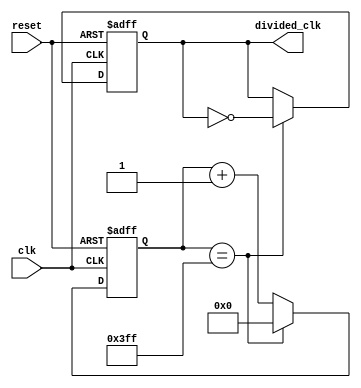
module frequency_divider (
    input wire clk,
    input wire reset,
    output reg divided_clk
);

reg [10:0] counter;

always @(posedge clk or posedge reset) begin
    if (reset) begin
        counter <= 0;
        divided_clk <= 0;
    end else begin
        if (counter == 1023) begin
            counter <= 0;
            divided_clk <= ~divided_clk;
        end else begin
            counter <= counter + 1;
        end
    end
end

endmodule